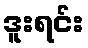
ဒူးရင်း